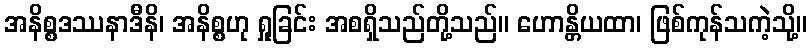
အနိစ္စဒဿနာဒီနိ၊ အနိစ္စဟု ရှုခြင်း အစရှိသည်တို့သည်။ ဟောန္တိယထာ၊ ဖြစ်ကုန်သကဲ့သို့။